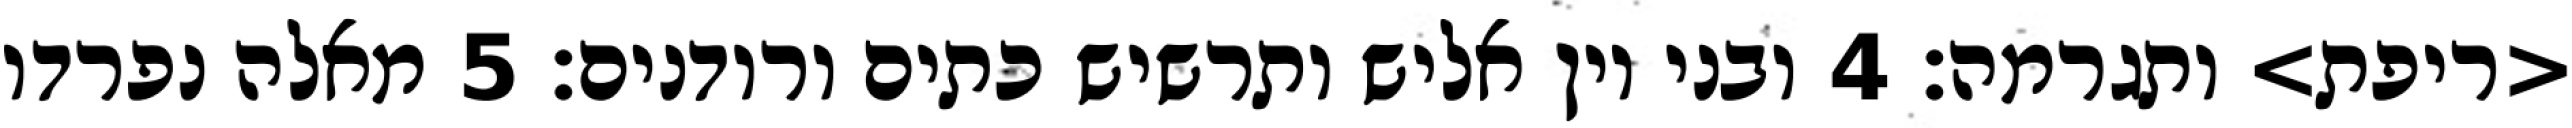
<ריפת> ותגרמה׃ ‎4‏ ובני יון אליש ותרשיש כתים ורודנים׃ ‎5‏ מאלה נפרדו